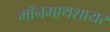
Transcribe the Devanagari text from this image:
मॉनमाथशायर